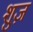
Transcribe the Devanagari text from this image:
शुज़